Report on vaccination in Madras 1895-1903 - 1895-1903
Year: 1895
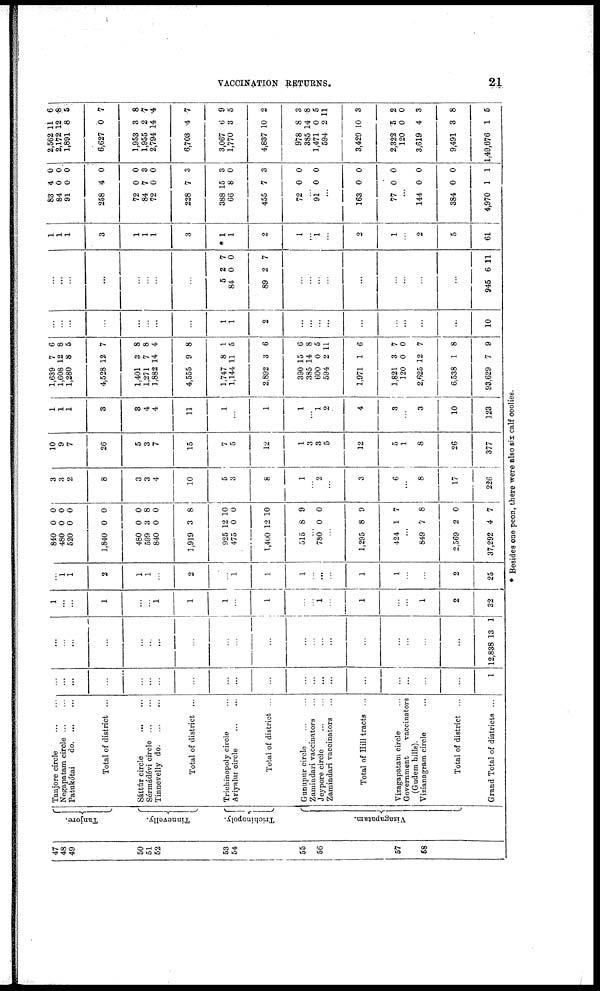
VACCINATION RETURNS.
21
47
48
49
50
51
52
53
54
55
56
57
58
Tanjore.
Tinnevelly.
Trichinopoly.
Vizagapatam.
Tanjore circle
...
...
Negapatam circle ... ...
Patukótai
d
o
. ... ...
Total of district ...
Sáttúr circle
...
...
Sérmádévi circle
...
...
Tinnevelly d
o
. ... ...
Total of district ...
Trichinopoly circle ...
Ariyalur circle
...
...
Total of district ...
Gunupur circle
...
...
Zamindari vaccinators ...
Jeypore circle ... ...
Zamindari vaccinators ...
Total of Hill tracts ...
Vizagapatam circle ...
Government
vaccinators
(Gudem hills).
Vizianagram circle ...
Total of district ...
Grand Total of districts ...
...
...
...
...
...
...
...
...
...
...
...
...
...
...
...
...
...
...
...
...
1
...
...
...
...
...
...
...
...
...
...
...
...
...
...
...
...
...
...
...
...
12,838 13 1
1
...
...
1
...
...
1
1
1
...
1
...
...
1
...
1
...
...
1
2
32
...
1
1
2
1
1
...
2
...
1
1
1
...
...
...
1
1
...
...
2
25
840
480
520
1,840
480
599
840
1,919
925
475
1,400
515
0
0
0
0
0
3
0
3
12
0
12
8
0
0
0
0
0
8
0
8
10
0
10
9
...
780 0 0
...
1,295
424
8
1
9
7
...
849
2,569
37,292
7
2
4
8
0
7
3
3
2
8
3
3
4
10
5
3
8
1
...
2
...
3
6
...
8
17
226
10
9
7
26
5
3
7
15
7
5
12
1
3
3
5
12
5
1
8
26
377
1
1
1
3
3
4
4
11
1
...
1
1
...
1
2
4
3
...
3
10
123
1,639
1,608
1,280
4,528
1,401
1,271
1,882
4,555
1,747
1,144
2,892
390
385
600
594
1,971
1,821
120
2,625
6,538
93,629
7
12
8
12
3
7
14
9
8
11
3
15
14
0
2
1
3
0
12
1
7
6
8
5
7
8
8
4
8
1
5
6
6
8
5
11
6
7
0
7
8
9
...
...
...
...
...
...
...
...
1
1
2
...
...
...
...
...
...
...
...
...
10
...
...
...
...
...
...
...
...
5
84
89
2
0
2
7
0
7
...
...
...
...
...
...
...
...
...
945 6 11
1
1
1
3
1
1
1
3
* 1
1
2
1
...
1
...
2
1
...
2
5
61
83
84
91
258
72
84
72
228
388
66
455
72
4
0
0
4
0
7 0
7
15
8
7
0
0
0
0
0
0
3
0
3
3
0
3
0
...
91 0 0
...
163
77
0
0
0
0
...
144
384
4,970
0
0
1
0
0
1
2,562
2,172
1,891
6,627
1,953
1,955
2,794
6,708
3,067
1,770
4,837
978
385
1,471
594
3,429
2,322
120
3,619
9,491
1,49,676
11
12
8
0
3
2
14
4
6
3
10
8
14
0
2
10
5
0
4
3
1
6
8
5
7
8
7
4
7
9
5
2
3
8
5
11
3
2
0
3
8
5
* Besides one peon, there were also six calf coolies.